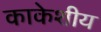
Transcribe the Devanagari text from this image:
काकेशीय